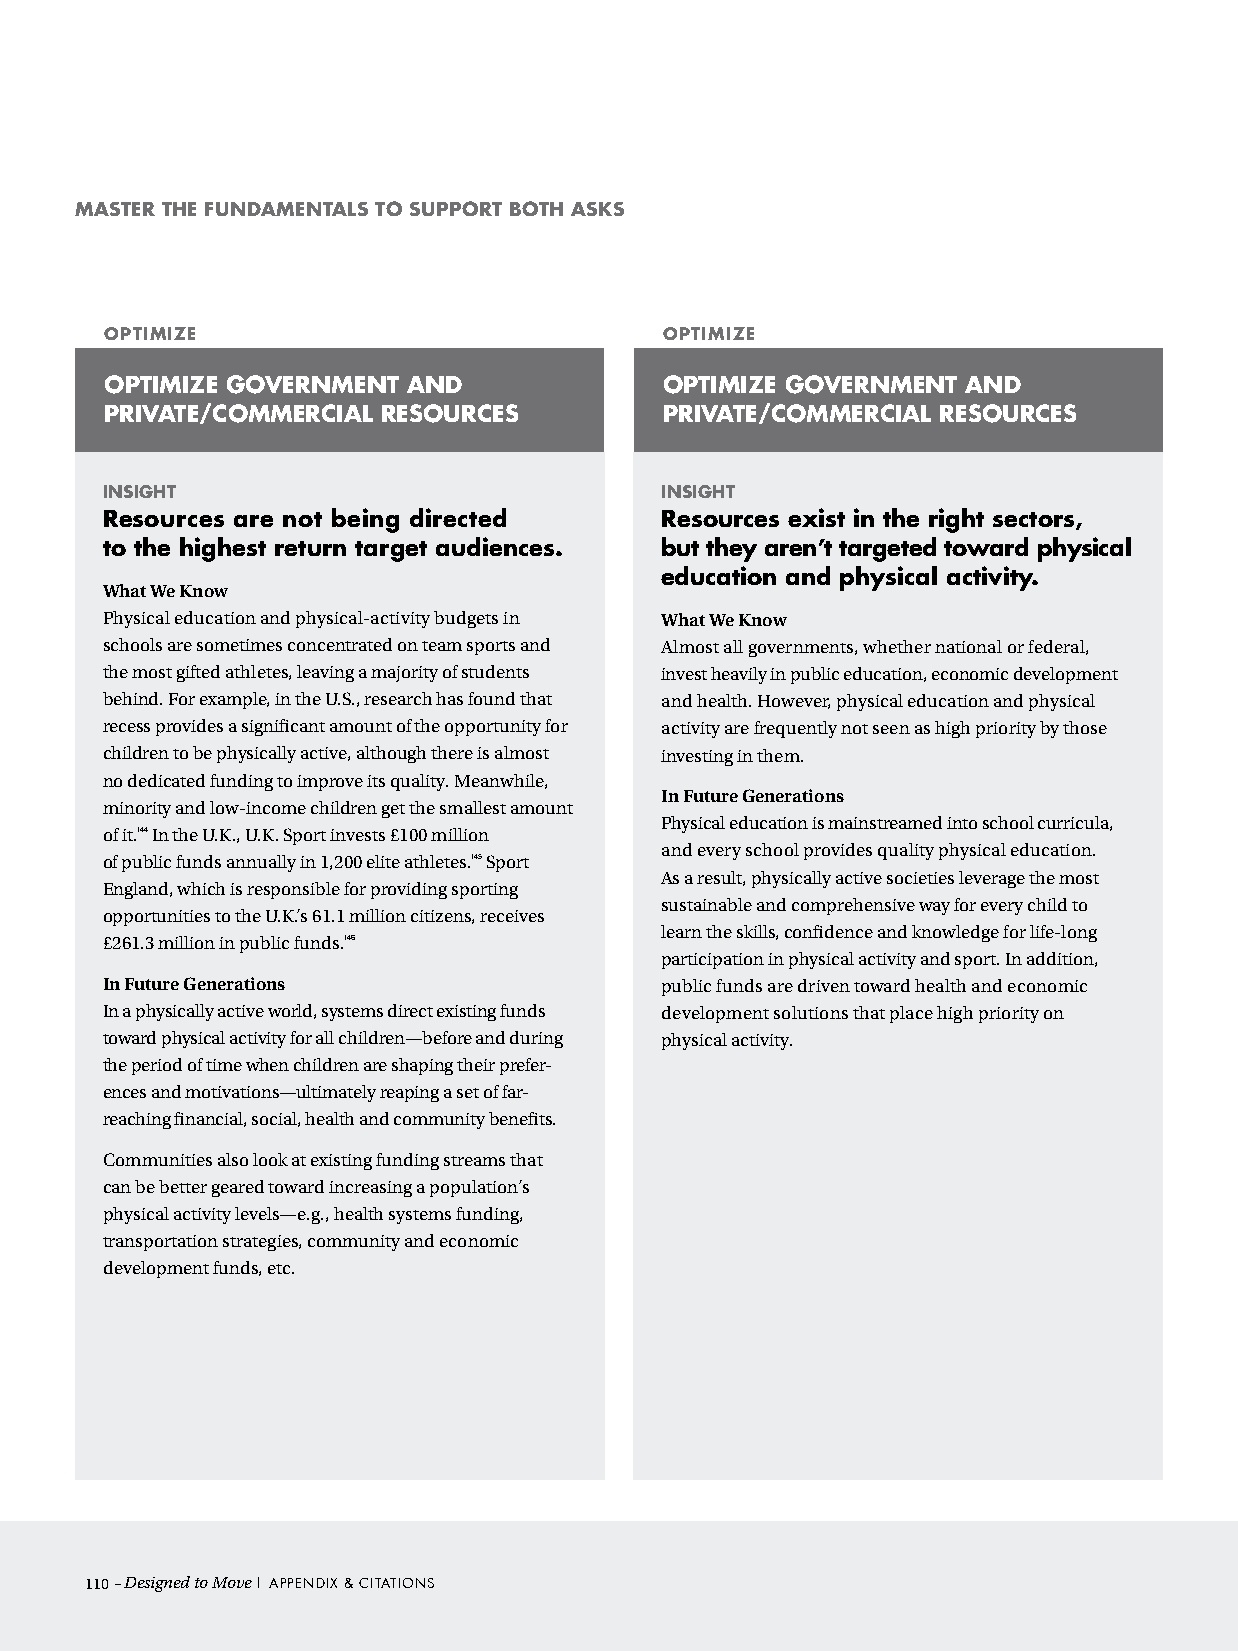
Master the FUndaMentals to sUpport Both asKs
 optiMiZe                             optiMiZe
 optiMiZe GovernMent and              optiMiZe GovernMent and
 private/coMMercial resoUrces         private/coMMercial resoUrces
 insiGht                              insiGht
 resources are not being directed     resources exist in the right sectors,
 to the highest return target audiences. but they aren’t targeted toward physical
 education and physical activity.
 What We Know
 Physical education and physical-activity budgets in What We Know
 schools are sometimes concentrated on team sports and Almost all governments, whether national or federal,
 the most gifted athletes, leaving a majority of students invest heavily in public education, economic development
 behind. For example, in the U.S., research has found that and health. However, physical education and physical
 recess provides a significant amount of the opportunity for activity are frequently not seen as high priority by those
 children to be physically active, although there is almost investing in them.
 no dedicated funding to improve its quality. Meanwhile,
 In Future Generations
 minority and low-income children get the smallest amount
 Physical education is mainstreamed into school curricula,
 of it.144 In the U.K., U.K. Sport invests £100 million
 and every school provides quality physical education.
 of public funds annually in 1,200 elite athletes.145 Sport
 As a result, physically active societies leverage the most
 England, which is responsible for providing sporting
 sustainable and comprehensive way for every child to
 opportunities to the U.K.’s 61.1 million citizens, receives
 learn the skills, confidence and knowledge for life-long
 £261.3 million in public funds.146
 participation in physical activity and sport. In addition,
 In Future Generations                public funds are driven toward health and economic
 In a physically active world, systems direct existing funds development solutions that place high priority on
 toward physical activity for all children—before and during physical activity.
 the period of time when children are shaping their prefer-
 ences and motivations—ultimately reaping a set of far-
 reaching financial, social, health and community benefits.
 Communities also look at existing funding streams that
 can be better geared toward increasing a population’s
 physical activity levels—e.g., health systems funding,
 transportation strategies, community and economic
 development funds, etc.
 110– Designed to Move | Appendix & ciTATions